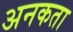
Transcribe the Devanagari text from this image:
अनकता